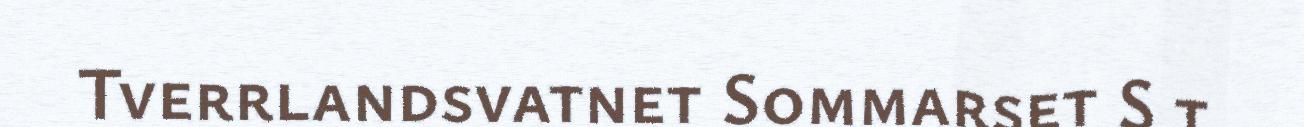
Tverrlandsvatnet Sommarset S t